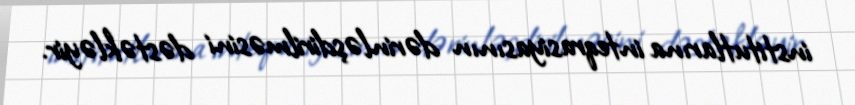
institutlarına inteqrasiyasının dərinləşdirilməsini dəstəkləyir.